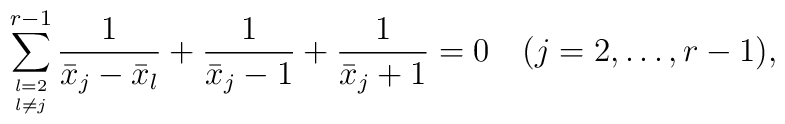
\sum_{l=2\atop l\ne j}^{r-1}   {1\over{\bar{x}_j-\bar{x}_l}}+{1\over{\bar{x}_j-1}}   +{1\over{\bar{x}_j+1}}=0 \quad (j=2,\ldots,r-1),